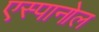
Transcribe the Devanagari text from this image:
एस्‍पानोल